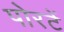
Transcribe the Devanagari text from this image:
पोरटें